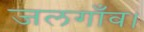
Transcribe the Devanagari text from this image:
जलगाँव।